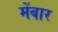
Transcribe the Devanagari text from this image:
मेंबार